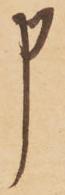
申